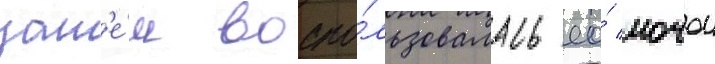
зат'е́м воспо́льзовалась ео́ мочои